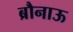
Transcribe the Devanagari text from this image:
ब्रौनाऊ